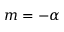
m = - \alpha